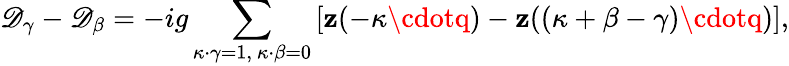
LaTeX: \mathscr{D}_{\gamma}-\mathscr{D}_{\beta}=-ig\sum_{\kappa\cdot\gamma=1,\ \kappa\cdot\beta=0}\left[\mathbf{z}(-\kappa\cdotq)-\mathbf{z}((\kappa+\beta-\gamma)\cdotq)\right],